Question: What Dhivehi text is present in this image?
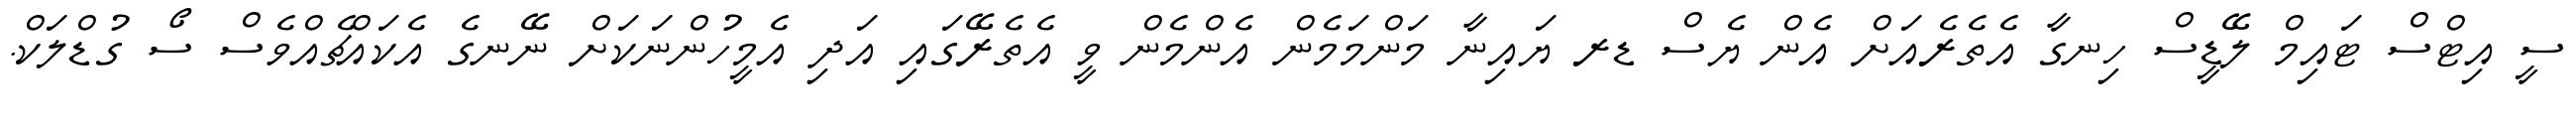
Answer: ސީ އިޓްސް ޓައިމް ލޭޑީސް ހިނގާ އެތެރެއަށް އެން ޔެސް ޑރ ޔައިނާ މަންމަމެން އެންމެން ވީ އެތެރޭގައި އަދި އެމީހުންނަކަށް ނޭނގެ އެކައްޗެއްވެސް ސޯ ގުޑްލަކް.